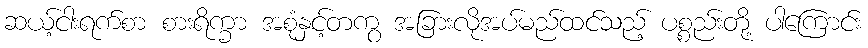
ဆယ့်ငါးရက်စာ စားရိက္ခာ အစုံနှင့်တကွ အခြားလိုအပ်မည်ထင်သည့် ပစ္စည်းတို့ ပါကြောင်း